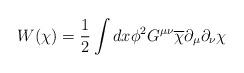
LaTeX: \begin{align*}W(\chi)=\frac{1}{2}\int dx\phi^{2}G^{\mu\nu}\overline{\chi}\partial_{\mu}\partial_{\nu}\chi\end{align*}